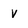
Character: v